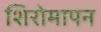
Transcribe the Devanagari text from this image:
शिरोमापन